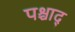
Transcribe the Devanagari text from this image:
पश्चाद्